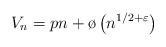
LaTeX: \begin{align*} V_n = pn + \o \left( n^{1/2 + \varepsilon} \right)\end{align*}